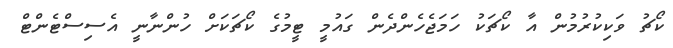
ކޯޗު ވަކިކުރުމުން އާ ކޯޗަކު ހަމަޖެހެންދެން ގައުމީ ޓީމުގެ ކޯޗަކަށް ހުންނާނީ އެސިސްޓެންޓް